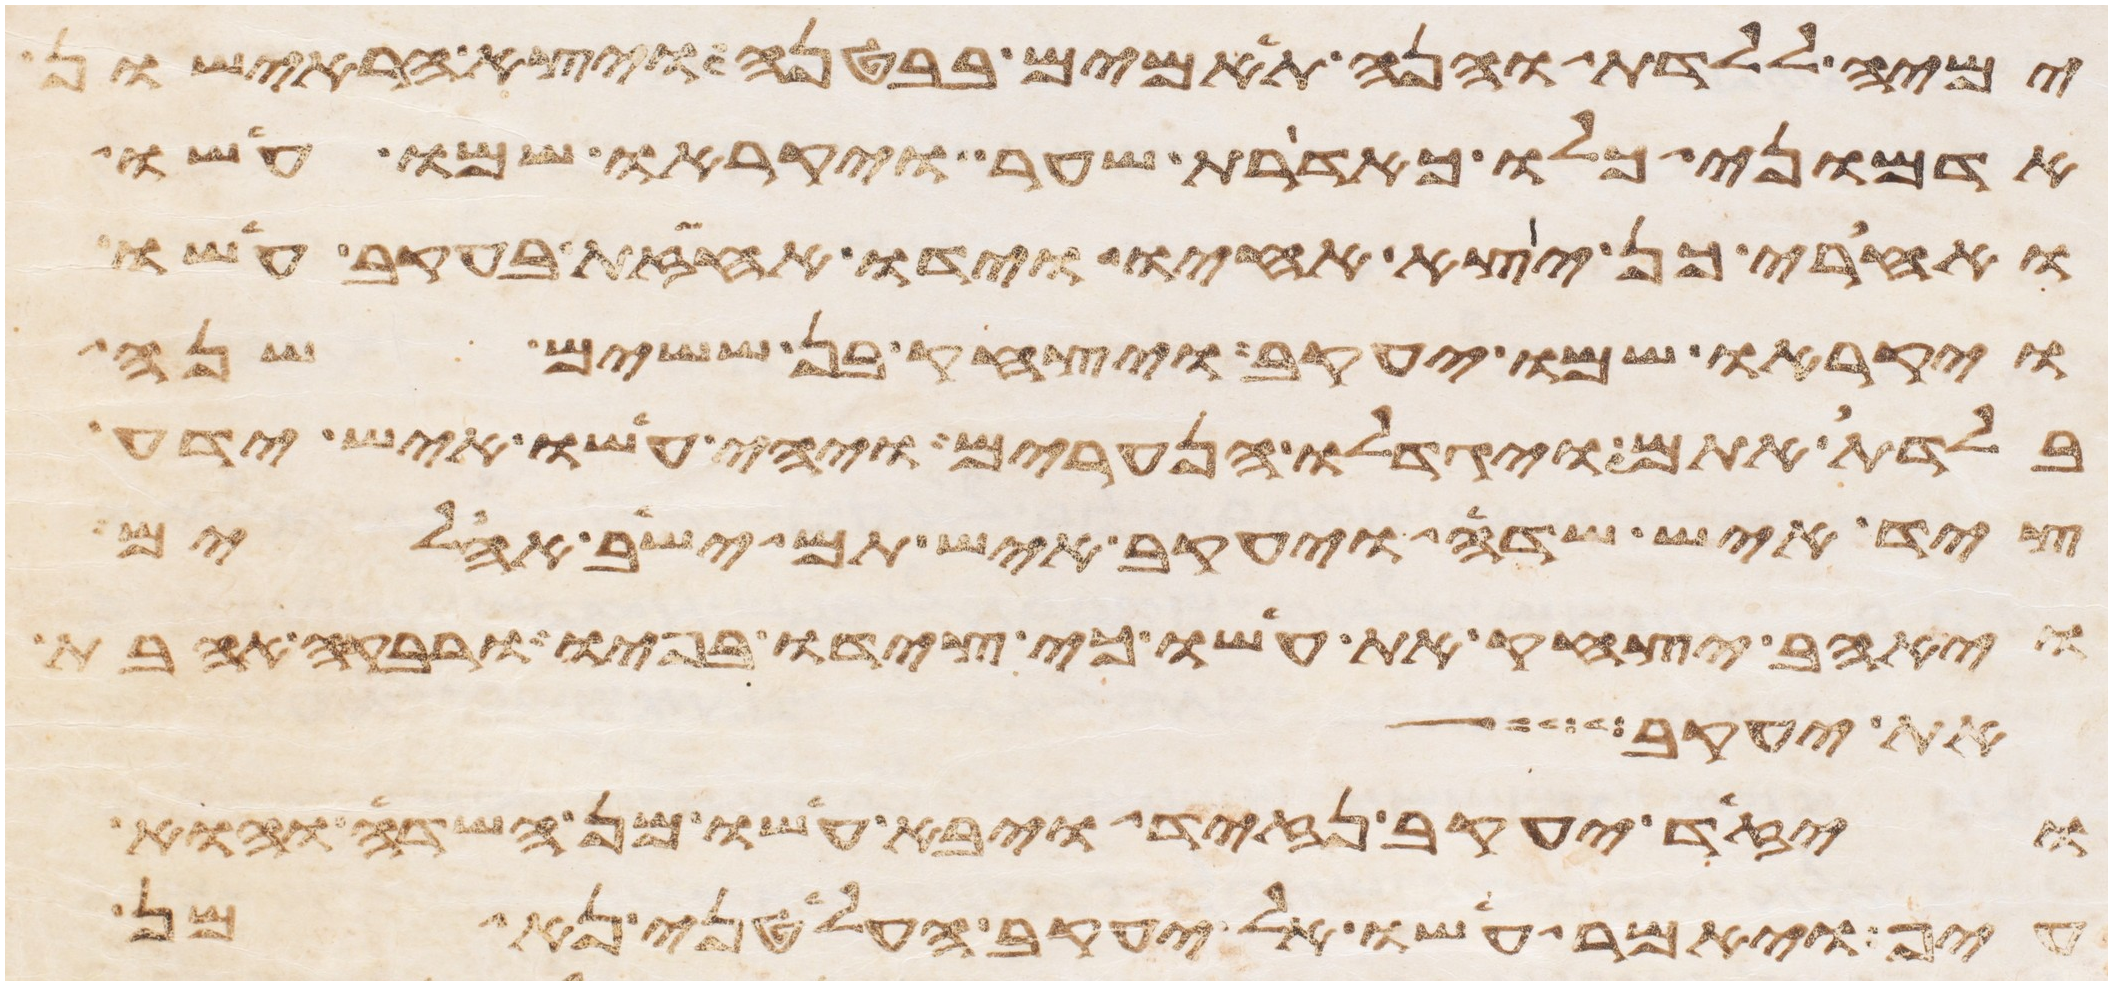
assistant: ימיה ללדת והנה תאמים בבטנה ויצא הראישון
אדמוני כלו כאדרת שער ויקראו שמו עשו
ואחרי כן יצא אחיו וידו אחזת בעקב עשו
ויקראו שמו יעקב ויצחק בן ששים שנה
בלדת אתם ויגדלו הנערים ויהי עשו איש ידע
ציד איש שדה ויעקב איש תם ישב אהלים
ויאהב יצחק את עשו כי צידו בפיו ורבקה אהבת
את יעקב
ויזד יעקב נזיד ויבא עשו מן השדה והוא
עיף ויאמר עשו אל יעקב הלעטני נא מן